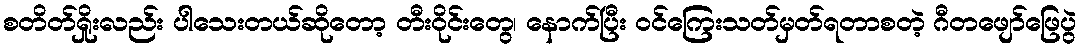
စတိတ်ရှိုးလည်း ပါသေးတယ်ဆိုတော့ တီးဝိုင်းတွေ၊ နောက်ပြီး ဝင်ကြေးသတ်မှတ်ရတာစတဲ့ ဂီတဖျော်ဖြေပွဲ